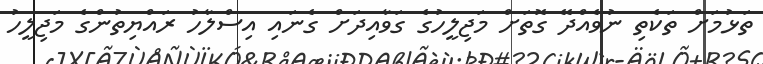
ތަޅުމަށް ތަކެތި ނުވެއްދޭ ގޮތަށް މަޖިލީހުގެ ގަވާއިދަށް ގެނައި އިސްލާހު ރައްޔިތުންގެ މަޖިލީހު